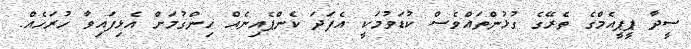
ސީދާ ޕީޕީއެމްގެ ތެރޭގެ ގުޅުންތައްވެސް ކުޑަވުމަކީ އެފަދަ ކެންޕެއިނެއް ހިންގުމަށް އެޅިފައިވާ ހުރަހެއް.